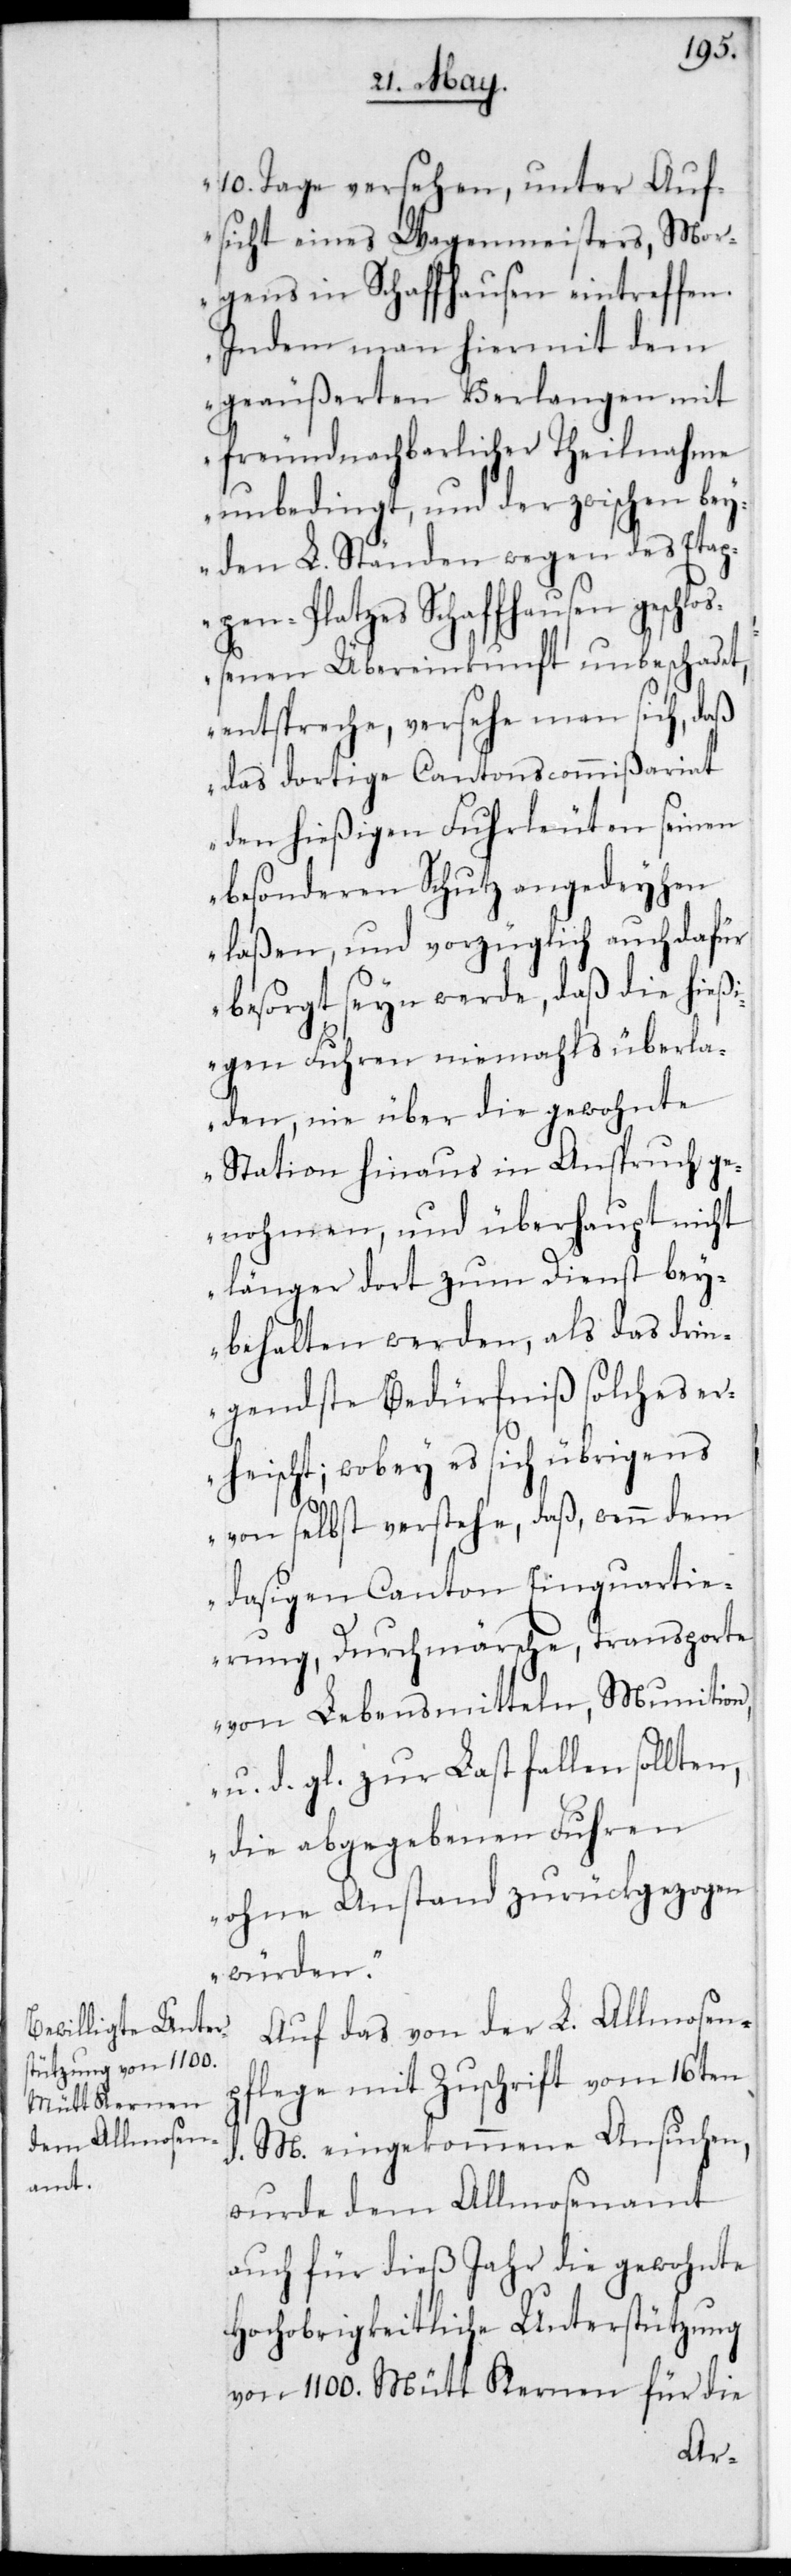
10. Tage versehen, unter Auf¬
sicht eines Wagenmeisters, Mor¬
gens in Schaffhausen eintreffen.
Indem man hier mit dem
geäußereten Verlangen mit
freundnachbarlicher Theilnahme
unbedingt, und der zwischen bey¬
den L. Ständen wegen des Etap¬
pen-Platzes Schaffhausen geschlo¬
ßenen Übereinkunft unbeschadet
entspreche, versehe man sich, daß
das dortige Cantonscommißariat
den hießigen Fuhrleuten seinen
besonderen Schutz angedeihen
laßen, und vorzüglich auch dafür
besorgt sein werde, daß die hieß¬
igen Fuhren niemahls überla¬
den, nie über die gewohnte
Station hinaus in Anspruch ge¬
nohmen, und überhaupt nicht
länger dort zum Dienst bey¬
behalten werden, als das drin¬
gendste Bedürfniß solches er¬
heischt; wobey es sich übrigens
von selbst verstehe, daß wenn dem
dasigen Canton Einquartie¬
rung, Durchmärsche, Transporte
von Lebensmitteln, Munition
u. d. gl. zur Last fallen sollten,
die abgegebenen Fuhren
ohne Anstand zurückgezogen
würden.“
Auf das von der L. Allmosenp¬
flege mit Zuschrift vom 16ten
d. M. eingekommene Ansuchen,
wurde dem Allmosenamt
auch für dieses Jahr die gewohnte
Hochobrigkeitliche Unterstützung
von 1100. Mütt Kernen für die